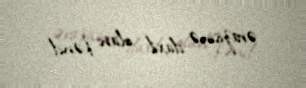
ərazisinə daxil olan kənd.